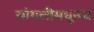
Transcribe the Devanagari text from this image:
सांगलीमधूनच